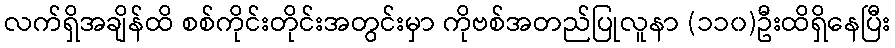
လက်ရှိအချိန်ထိ စစ်ကိုင်းတိုင်းအတွင်းမှာ ကိုဗစ်အတည်ပြုလူနာ (၁၁၀)ဦးထိရှိနေပြီး